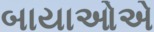
બાયાઓએ